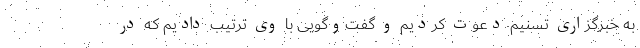
به خبرگزاری تسنیم دعوت کردیم و گفت‌و‌گویی با وی ترتیب دادیم که در